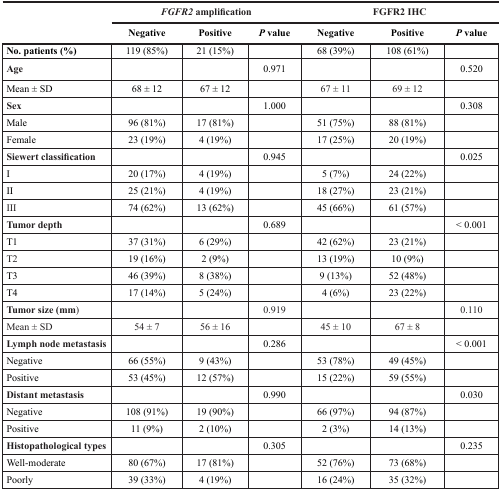
<table><thead><tr><td rowspan="2"></td><td colspan="3"><b><i>FGFR2</i> amplification</b></td><td colspan="3"><b>FGFR2 IHC</b></td></tr><tr><td><b>Negative</b></td><td><b>Positive</b></td><td><b><i>P</i> value</b></td><td><b>Negative</b></td><td><b>Positive</b></td><td><b><i>P</i> value</b></td></tr></thead><tbody><tr><td><b>No. patients (%)</b></td><td>119 (85%)</td><td>21 (15%)</td><td></td><td>68 (39%)</td><td>108 (61%)</td><td></td></tr><tr><td><b>Age</b></td><td></td><td></td><td>0.971</td><td></td><td></td><td>0.520</td></tr><tr><td>Mean ± SD</td><td>68 ± 12</td><td>67 ± 12</td><td></td><td>67 ± 11</td><td>69 ± 12</td><td></td></tr><tr><td><b>Sex</b></td><td></td><td></td><td>1.000</td><td></td><td></td><td>0.308</td></tr><tr><td>Male</td><td>96 (81%)</td><td>17 (81%)</td><td></td><td>51 (75%)</td><td>88 (81%)</td><td></td></tr><tr><td>Female</td><td>23 (19%)</td><td>4 (19%)</td><td></td><td>17 (25%)</td><td>20 (19%)</td><td></td></tr><tr><td><b>Siewert classification</b></td><td></td><td></td><td>0.945</td><td></td><td></td><td>0.025</td></tr><tr><td>I</td><td>20 (17%)</td><td>4 (19%)</td><td></td><td>5 (7%)</td><td>24 (22%)</td><td></td></tr><tr><td>II</td><td>25 (21%)</td><td>4 (19%)</td><td></td><td>18 (27%)</td><td>23 (21%)</td><td></td></tr><tr><td>III</td><td>74 (62%)</td><td>13 (62%)</td><td></td><td>45 (66%)</td><td>61 (57%)</td><td></td></tr><tr><td><b>Tumor depth</b></td><td></td><td></td><td>0.689</td><td></td><td></td><td>&lt; 0.001</td></tr><tr><td>T1</td><td>37 (31%)</td><td>6 (29%)</td><td></td><td>42 (62%)</td><td>23 (21%)</td><td></td></tr><tr><td>T2</td><td>19 (16%)</td><td>2 (9%)</td><td></td><td>13 (19%)</td><td>10 (9%)</td><td></td></tr><tr><td>T3</td><td>46 (39%)</td><td>8 (38%)</td><td></td><td>9 (13%)</td><td>52 (48%)</td><td></td></tr><tr><td>T4</td><td>17 (14%)</td><td>5 (24%)</td><td></td><td>4 (6%)</td><td>23 (22%)</td><td></td></tr><tr><td><b>Tumor size (mm</b>)</td><td></td><td></td><td>0.919</td><td></td><td></td><td>0.110</td></tr><tr><td>Mean ± SD</td><td>54 ± 7</td><td>56 ± 16</td><td></td><td>45 ± 10</td><td>67 ± 8</td><td></td></tr><tr><td><b>Lymph node metastasis</b></td><td></td><td></td><td>0.286</td><td></td><td></td><td>&lt; 0.001</td></tr><tr><td>Negative</td><td>66 (55%)</td><td>9 (43%)</td><td></td><td>53 (78%)</td><td>49 (45%)</td><td></td></tr><tr><td>Positive</td><td>53 (45%)</td><td>12 (57%)</td><td></td><td>15 (22%)</td><td>59 (55%)</td><td></td></tr><tr><td><b>Distant metastasis</b></td><td></td><td></td><td>0.990</td><td></td><td></td><td>0.030</td></tr><tr><td>Negative</td><td>108 (91%)</td><td>19 (90%)</td><td></td><td>66 (97%)</td><td>94 (87%)</td><td></td></tr><tr><td>Positive</td><td>11 (9%)</td><td>2 (10%)</td><td></td><td>2 (3%)</td><td>14 (13%)</td><td></td></tr><tr><td><b>Histopathological types</b></td><td></td><td></td><td>0.305</td><td></td><td></td><td>0.235</td></tr><tr><td>Well-moderate</td><td>80 (67%)</td><td>17 (81%)</td><td></td><td>52 (76%)</td><td>73 (68%)</td><td></td></tr><tr><td>Poorly</td><td>39 (33%)</td><td>4 (19%)</td><td></td><td>16 (24%)</td><td>35 (32%)</td><td></td></tr></tbody></table>